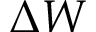
\Delta W